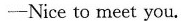
---Nice to meet you.